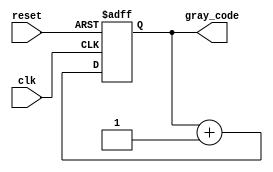
module gray_ring_counter(
    input wire clk,
    input wire reset,
    output reg [3:0] gray_code
);

reg [3:0] next_gray_code;

always @(posedge clk or posedge reset) begin
    if (reset) begin
        gray_code <= 4'b0000;
    end else begin
        next_gray_code = gray_code + 1;
        if (next_gray_code == 4'b1000) begin
            next_gray_code <= 4'b0000;
        end
        gray_code <= next_gray_code;
    end
end

endmodule